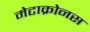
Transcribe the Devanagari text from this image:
मेटाक्रोनस